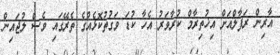
އާރިން ރަފާލްއަށް އިޚުތިރާމް ކުރާވަރު އެހާ ކުޑަ ވަގުތުކޮޅެއްގެ ތެރޭގައި ވެސް ލުޖައިން